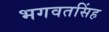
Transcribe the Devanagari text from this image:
भगवतसिंह